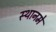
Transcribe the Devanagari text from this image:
स्थानमे